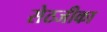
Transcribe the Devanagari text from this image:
सेठजीका